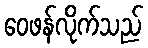
ဝေဖန်လိုက်သည်